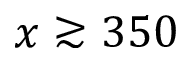
x \gtrsim 3 5 0